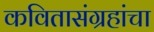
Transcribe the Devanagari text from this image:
कवितासंग्रहांचा